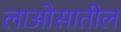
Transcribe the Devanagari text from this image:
लाओसातील